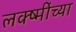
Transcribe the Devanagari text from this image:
लक्ष्मींच्या